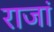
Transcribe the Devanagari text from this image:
राजां